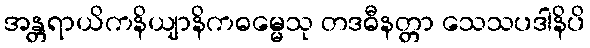
အန္တရာယိကနိယျာနိကဓမ္မေသု တဒဓီနတ္တာ သေသပဒါနိပိ